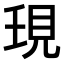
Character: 𧠒